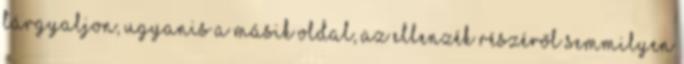
tárgyaljon, ugyanis a másik oldal, az ellenzék részéről semmilyen